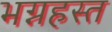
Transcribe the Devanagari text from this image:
भग्नहस्त